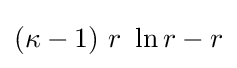
(\kappa -1)~r~\ln r-r